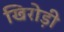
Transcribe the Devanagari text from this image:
खिरोड़ी